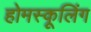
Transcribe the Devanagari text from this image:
होमस्कूलिंग